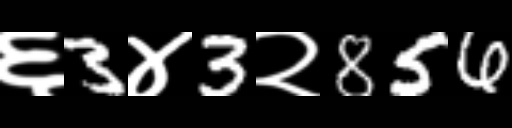
Text: ६3४3२856